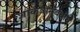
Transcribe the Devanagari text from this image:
शांकवांसंबंधीचे